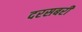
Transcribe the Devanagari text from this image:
दरसबरी